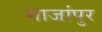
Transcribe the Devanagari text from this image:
गाजांपुर